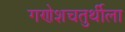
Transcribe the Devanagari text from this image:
गणेशचतुर्थीला